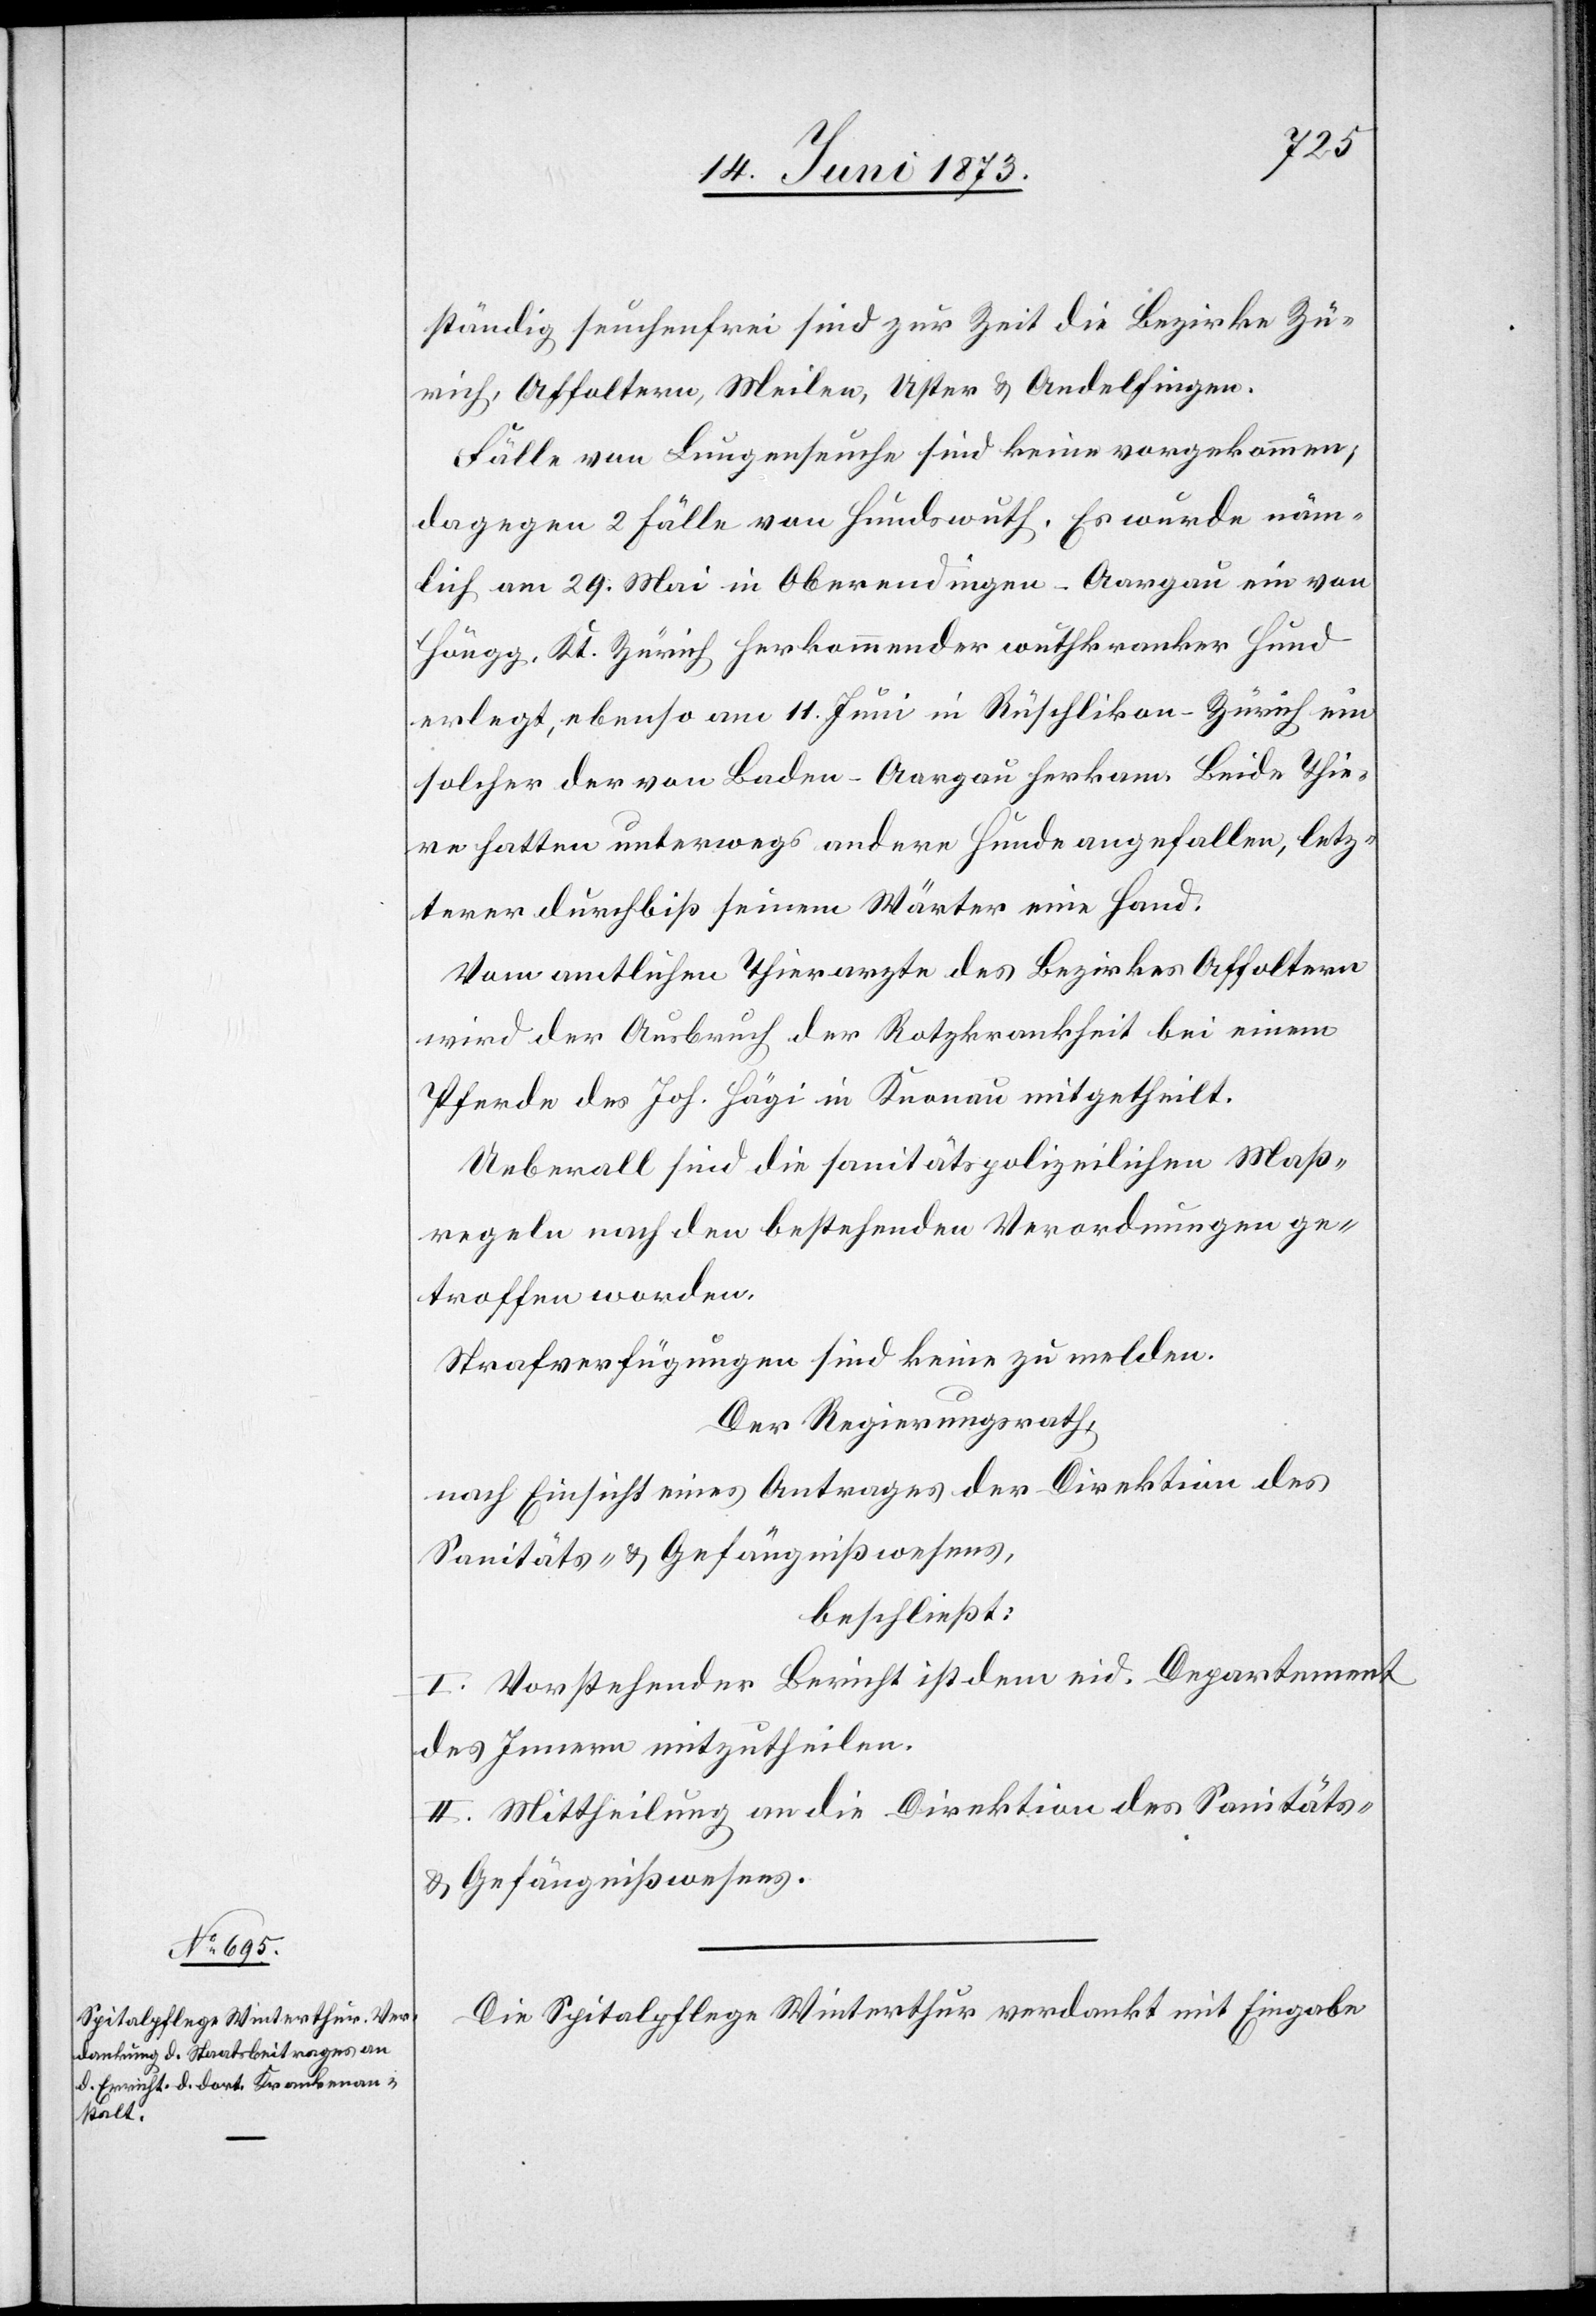
ständig seuchenfrei sind zur Zeit die Bezirke Zü¬
rich, Affoltern, Meilen, Uster & Andelfingen.
Fälle von Lungenseuche sind keine vorgekommen;
dagegen 2 Fälle von Hundswuth. Es wurde näm¬
lich am 29. Mai in Oberendingen-Aargau ein von
Höngg, Kt. Zürich herkommender wuthkranker Hund
erlegt, ebenso am 11. Juni in Rüschlikon-Zürich ein
solcher der von Baden-Aargau herkam. Beide Thie¬
re hatten unterwegs andere Hunde angefallen, letz¬
terer durchbiß seinem Wärter eine Hand.
Vom amtlichen Thierarzte des Bezirkes Affoltern
wird der Ausbruch der Rotzkrankheit bei einem
Pferde des Joh. Hägi in Knonau mitgetheilt.
Ueberall sind die sanitätspolizeilichen Maß¬
regeln nach den bestehenden Verordnungen ge¬
troffen worden.
Strafverfügungen sind keine zu melden.
Der Regierungsrath,
nach Einsicht eines Antrages der Direktion des
Sanitäts- & Gefängnißwesens,
beschließt:
I. Vorstehender Bericht ist dem eid. Departement
des Innern mitzutheilen.
II. Mittheilung an die Direktion des Sanitäts-
& Gefängnißwesens.
Die Spitalpflege Winterthur verdankt mit Eingabe